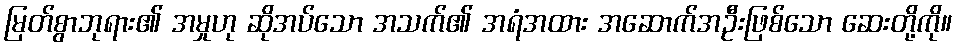
မြတ်စွာဘုရား၏ အမှုဟု ဆိုအပ်သော အသက်၏ အရံအထား အဆောက်အဦးဖြစ်သော ဆေးတို့ကို။